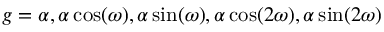
g = \alpha , \alpha \cos ( \omega ) , \alpha \sin ( \omega ) , \alpha \cos ( 2 \omega ) , \alpha \sin ( 2 \omega )